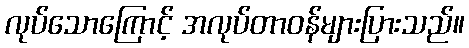
လုပ်သောကြောင့် အလုပ်တာဝန်များပြားသည်။